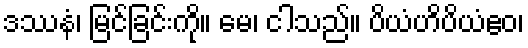
ဒဿနံ၊ မြင်ခြင်းကို။ မေ၊ ငါသည်။ ပိယံဟိပိယံဧဝ၊